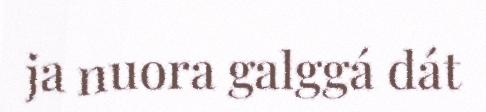
ja nuora galggá dát